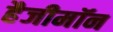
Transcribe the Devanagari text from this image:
हैजीमॉन